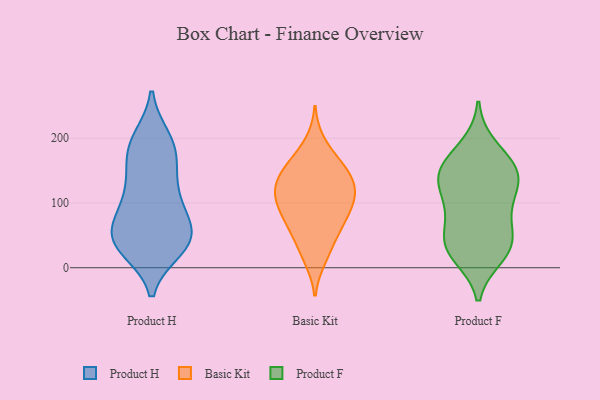
{"axis": {"x": "Temperature (°C)", "y": "Value"}, "legend": ["Basic Kit", "Product F", "Product H"], "data": [{"x": "", "y": 42, "type": "Product H"}, {"x": "", "y": 42, "type": "Product H"}, {"x": "", "y": 143, "type": "Product H"}, {"x": "", "y": 141, "type": "Product H"}, {"x": "", "y": 188, "type": "Product H"}, {"x": "", "y": 186, "type": "Product H"}, {"x": "", "y": 30, "type": "Product H"}, {"x": "", "y": 182, "type": "Product H"}, {"x": "", "y": 42, "type": "Product H"}, {"x": "", "y": 49, "type": "Product H"}, {"x": "", "y": 41, "type": "Product H"}, {"x": "", "y": 40, "type": "Product H"}, {"x": "", "y": 94, "type": "Product H"}, {"x": "", "y": 92, "type": "Product H"}, {"x": "", "y": 111, "type": "Product H"}, {"x": "", "y": 198, "type": "Product H"}, {"x": "", "y": 74, "type": "Product H"}, {"x": "", "y": 123, "type": "Basic Kit"}, {"x": "", "y": 96, "type": "Basic Kit"}, {"x": "", "y": 108, "type": "Basic Kit"}, {"x": "", "y": 112, "type": "Basic Kit"}, {"x": "", "y": 133, "type": "Basic Kit"}, {"x": "", "y": 74, "type": "Basic Kit"}, {"x": "", "y": 130, "type": "Basic Kit"}, {"x": "", "y": 65, "type": "Basic Kit"}, {"x": "", "y": 143, "type": "Basic Kit"}, {"x": "", "y": 14, "type": "Basic Kit"}, {"x": "", "y": 163, "type": "Basic Kit"}, {"x": "", "y": 50, "type": "Basic Kit"}, {"x": "", "y": 23, "type": "Basic Kit"}, {"x": "", "y": 156, "type": "Basic Kit"}, {"x": "", "y": 93, "type": "Basic Kit"}, {"x": "", "y": 65, "type": "Basic Kit"}, {"x": "", "y": 193, "type": "Basic Kit"}, {"x": "", "y": 107, "type": "Basic Kit"}, {"x": "", "y": 157, "type": "Basic Kit"}, {"x": "", "y": 32, "type": "Product F"}, {"x": "", "y": 186, "type": "Product F"}, {"x": "", "y": 155, "type": "Product F"}, {"x": "", "y": 146, "type": "Product F"}, {"x": "", "y": 113, "type": "Product F"}, {"x": "", "y": 44, "type": "Product F"}, {"x": "", "y": 147, "type": "Product F"}, {"x": "", "y": 134, "type": "Product F"}, {"x": "", "y": 90, "type": "Product F"}, {"x": "", "y": 88, "type": "Product F"}, {"x": "", "y": 30, "type": "Product F"}, {"x": "", "y": 20, "type": "Product F"}, {"x": "", "y": 150, "type": "Product F"}, {"x": "", "y": 41, "type": "Product F"}]}